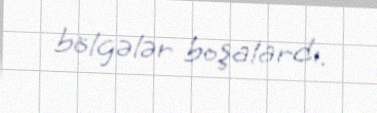
bölgələr boşalardı.